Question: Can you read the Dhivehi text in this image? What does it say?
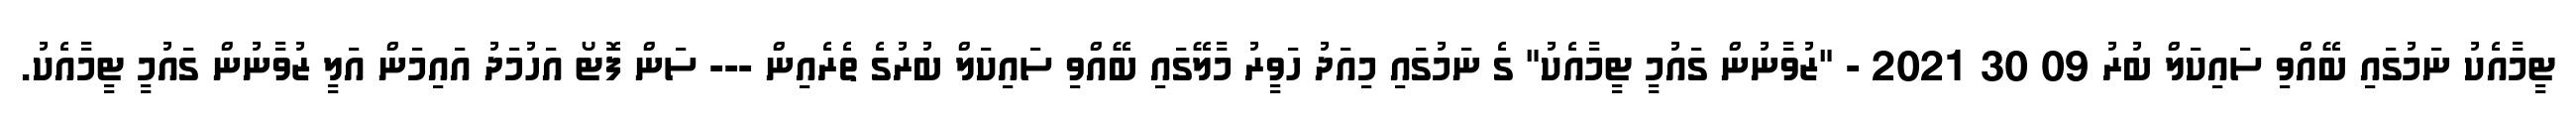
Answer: ޓީމާއެކު ނަމުގައި ބޭއްވި ސައިކަލް ބުރު 09 30 2021 - "ޒުވާނުން ގައުމީ ޓީމާއެކު" ގެ ނަމުގައި މިއަދު ހަވީރު މާލޭގައި ބޭއްވި ސައިކަލް ބުރުގެ ތެރެއިން --- ސަން ފޮޓޯ އަހުމަދު އައިމަން އަލީ ޒުވާނުން ގައުމީ ޓީމާއެކު.